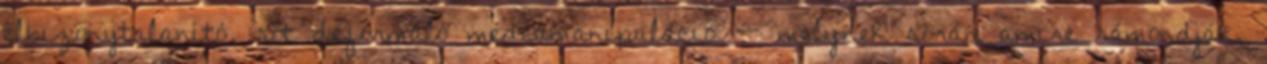
elbizonytalanító, sőt deformáló médiamanipuláció -- melynek során amire rámondják,